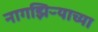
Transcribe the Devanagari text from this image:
नागझिऱ्याच्या